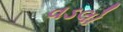
વડલો